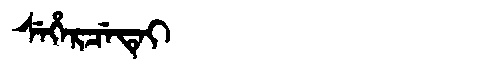
Manchu: ᠰᡝᡥᡝᡵᠴᡝᡨᡝᡳ
Romanization: SEHERCETEI